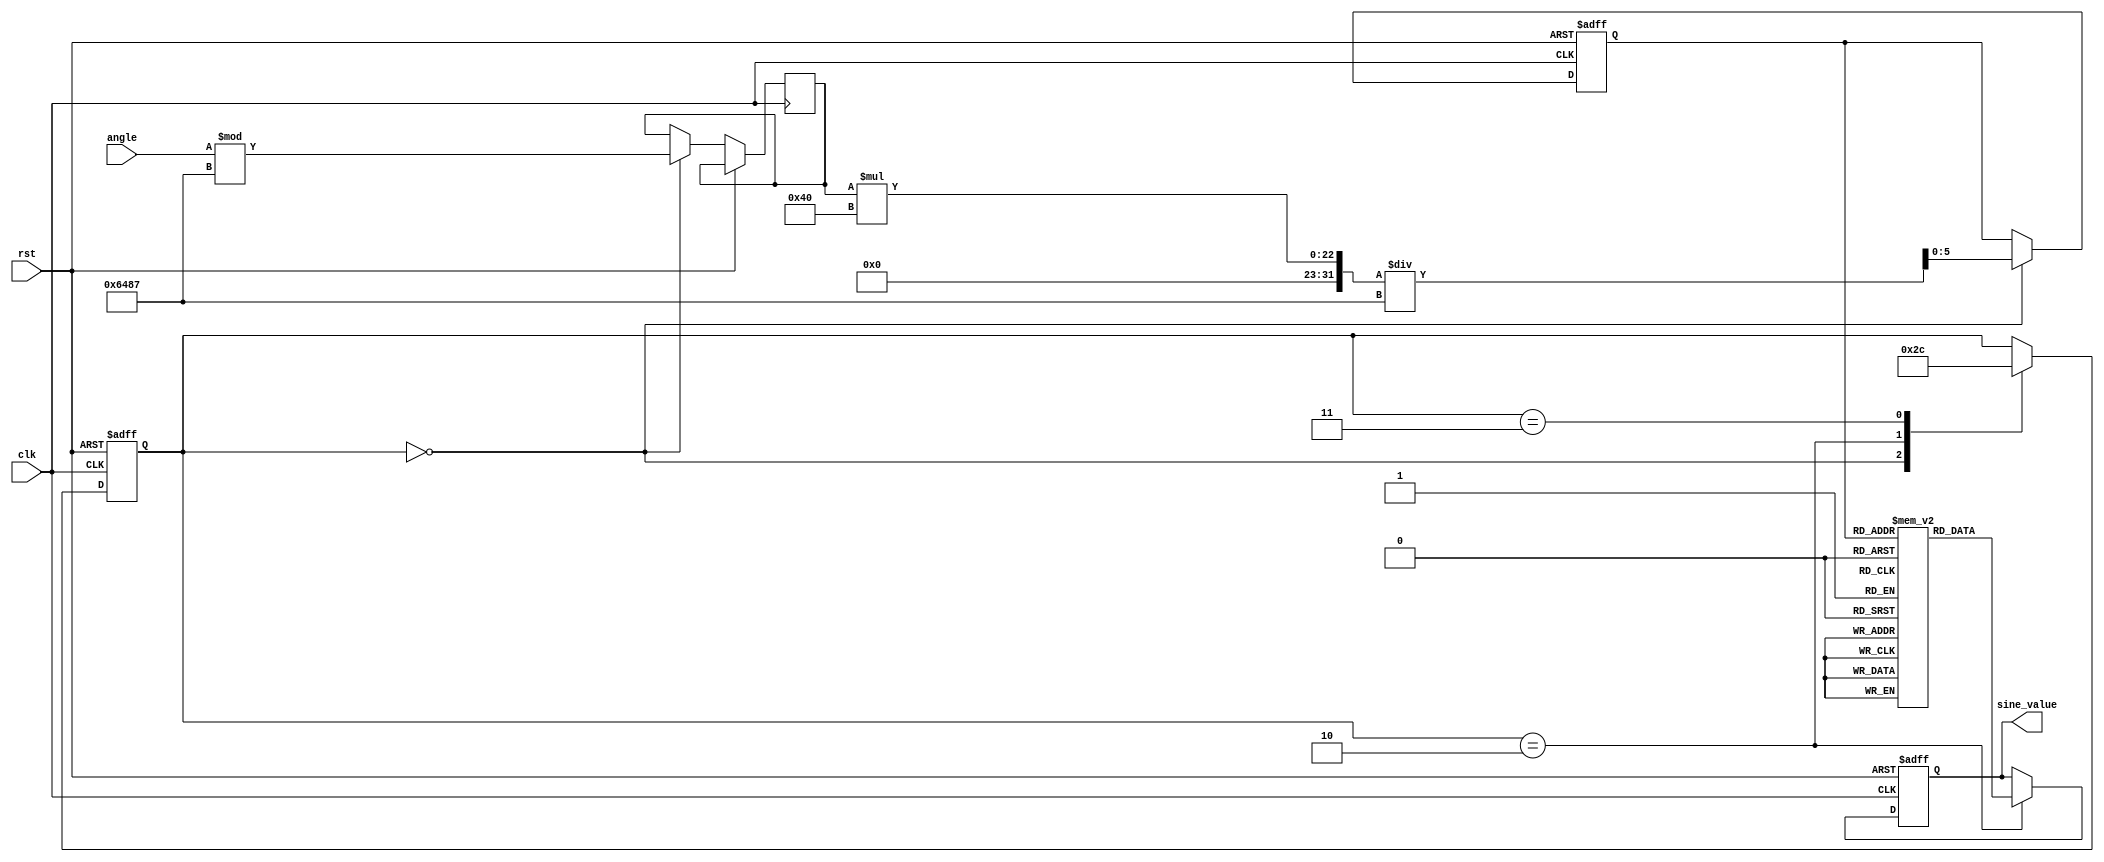
module sine_function_block (
    input wire clk,           // Clock signal
    input wire rst,           // Reset signal
    input wire [15:0] angle,  // Input angle in fixed-point format (e.g., radians)
    output reg [15:0] sine_value // Output sine value in fixed-point format
);

    // Parameters
    parameter LUT_SIZE = 64; // Size of the lookup table
    parameter PI = 16'h3243;  // Fixed-point representation of  (3.1415... in Q16 format)
    parameter TWO_PI = 16'h6487; // Fixed-point representation of 2 (6.2831... in Q16 format)

    // Lookup table for sine values (pre-calculated)
    reg [15:0] sine_lut[LUT_SIZE-1:0]; // LUT for sine values
    initial begin
        // Populate the LUT with pre-calculated sine values
        // This is a simplified example; in practice, youd pre-fill this with values
        sine_lut[0] = 16'h0000; // sin(0)
        sine_lut[1] = 16'h1DAC; // sin(/6)
        sine_lut[2] = 16'h2D41; // sin(/4)
        // ...
        sine_lut[LUT_SIZE-1] = 16'h0000; // sin(2)
    end

    // State variables
    reg [5:0] lut_index; // Index for LUT
    reg [1:0] state; // State for FSM
    reg [15:0] normalized_angle; // Normalized angle in LUT range

    // FSM states
    localparam IDLE = 2'b00,
               NORMALIZE = 2'b01,
               FETCH_SINE = 2'b10,
               OUTPUT = 2'b11;

    // Sequential logic for FSM and output generation
    always @(posedge clk or posedge rst) begin
        if (rst) begin
            sine_value <= 16'h0000; // Reset sine value
            lut_index <= 6'b0; // Reset LUT index
            state <= IDLE; // Reset state
        end else begin
            case (state)
                IDLE: begin
                    // Begin normalization and fetch process
                    normalized_angle <= angle % TWO_PI; // Normalize to [0, 2]
                    lut_index <= (normalized_angle * LUT_SIZE) / TWO_PI; // Calculate LUT index
                    state <= FETCH_SINE; // Move to fetch sine state
                end
                
                FETCH_SINE: begin
                    // Fetch sine value from LUT
                    sine_value <= sine_lut[lut_index];
                    state <= OUTPUT; // Move to output state
                end
                
                OUTPUT: begin
                    // Output the sine value
                    // In a real system, you might add a delay or handshaking here
                    state <= IDLE; // Go back to idle
                end
            endcase
        end
    end

endmodule